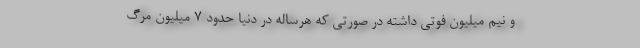
و نیم میلیون فوتی داشته در صورتی که هرساله در دنیا حدود ۷ میلیون مرگ